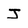
Character: J